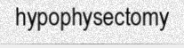
hypophysectomy